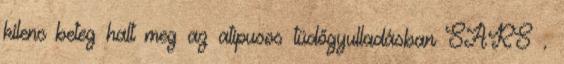
kilenc beteg halt meg az atípusos tüdőgyulladásban SARS .